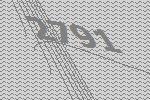
2791